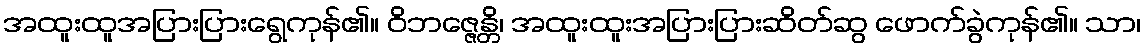
အထူးထူအပြားပြားရွေကုန်၏။ ဝိဘဇ္ဇေန္တိ၊ အထူးထူးအပြားပြားဆိတ်ဆွ ဖောက်ခွဲကုန်၏။ သာ၊